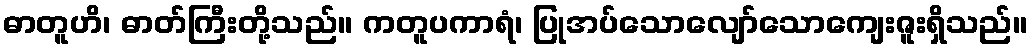
ဓာတူဟိ၊ ဓာတ်ကြီးတို့သည်။ ကတူပကာရံ၊ ပြုအပ်သောလျော်သောကျေးဇူးရှိသည်။